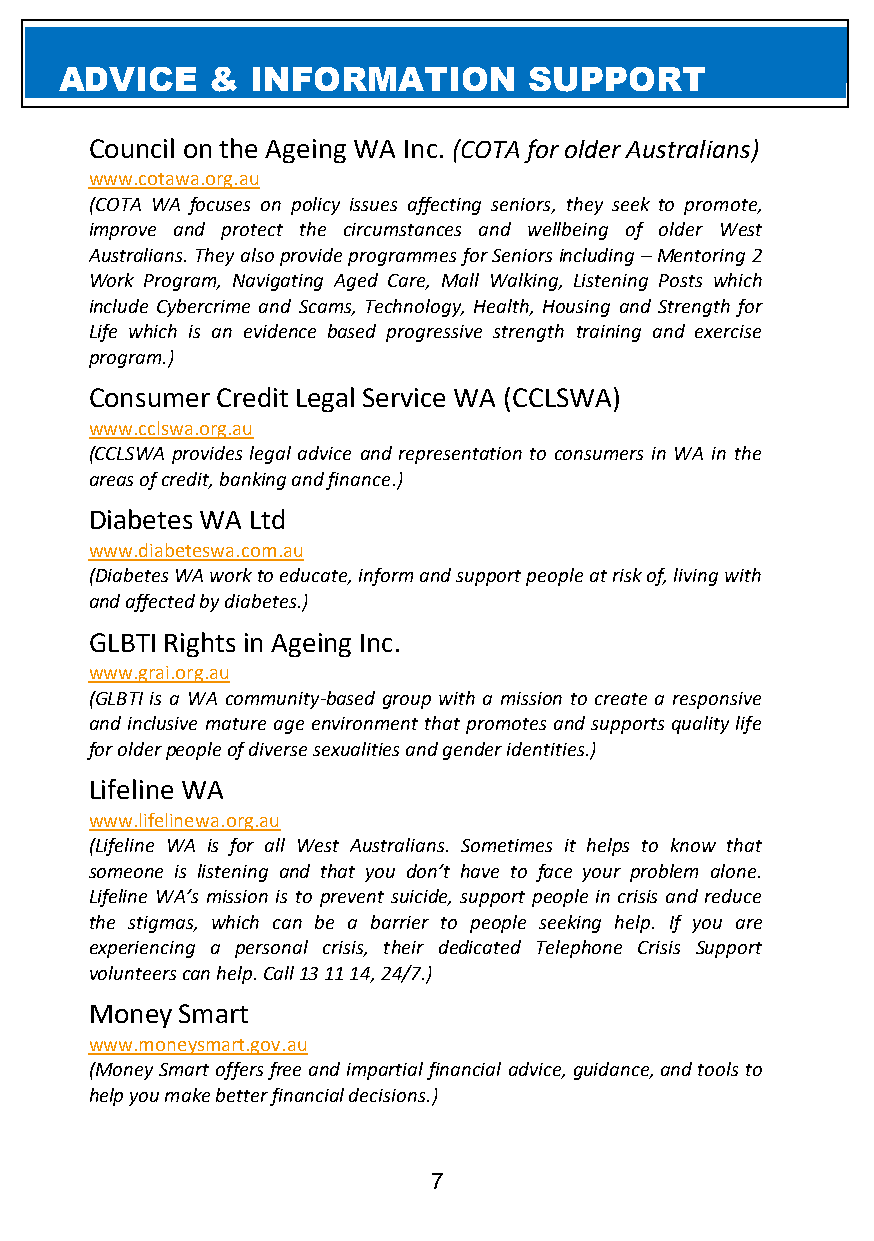
ADVICE    &  INFORMATION       SUPPORT
 Council on the Ageing WA Inc. (COTA for older Australians)
 www.cotawa.org.au
 (COTA WA focuses on policy issues affecting seniors, they seek to promote,
 improve and protect the circumstances and wellbeing of older West
 Australians. They also provide programmes for Seniors including – Mentoring 2
 Work Program, Navigating Aged Care, Mall Walking, Listening Posts which
 include Cybercrime and Scams, Technology, Health, Housing and Strength for
 Life which is an evidence based progressive strength training and exercise
 program.)
 Consumer Credit Legal Service WA (CCLSWA)
 www.cclswa.org.au
 (CCLSWA provides legal advice and representation to consumers in WA in the
 areas of credit, banking and finance.)
 Diabetes WA Ltd
 www.diabeteswa.com.au
 (Diabetes WA work to educate, inform and support people at risk of, living with
 and affected by diabetes.)
 GLBTI Rights in Ageing Inc.
 www.grai.org.au
 (GLBTI is a WA community-based group with a mission to create a responsive
 and inclusive mature age environment that promotes and supports quality life
 for older people of diverse sexualities and gender identities.)
 Lifeline WA
 www.lifelinewa.org.au
 (Lifeline WA is for all West Australians. Sometimes it helps to know that
 someone is listening and that you don’t have to face your problem alone.
 Lifeline WA’s mission is to prevent suicide, support people in crisis and reduce
 the stigmas, which can be a barrier to people seeking help. If you are
 experiencing a personal crisis, their dedicated Telephone Crisis Support
 volunteers can help. Call 13 11 14, 24/7.)
 Money Smart
 www.moneysmart.gov.au
 (Money Smart offers free and impartial financial advice, guidance, and tools to
 help you make better financial decisions.)
 7